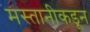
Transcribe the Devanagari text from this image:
मस्तानीकडून